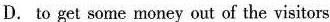
D.to get some money out of the visitors